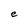
Character: e